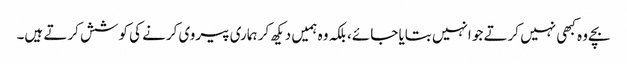
بچے وہ کبھی نہیں کرتے جو انہیں بتایا جائے، بلکہ وہ ہمیں دیکھ کر ہماری پیروی کرنے کی کوشش کرتے ہیں۔